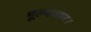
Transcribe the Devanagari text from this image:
मूल्यवान।